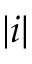
| i |